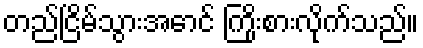
တည်ငြိမ်သွားအောင် ကြိုးစားလိုက်သည်။